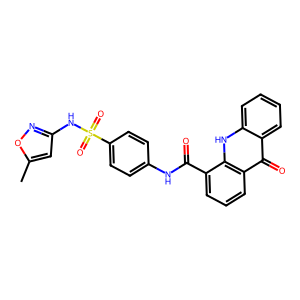
SMILES: Cc1cc(NS(=O)(=O)c2ccc(NC(=O)c3cccc4c(=O)c5ccccc5[nH]c34)cc2)no1
Inhibits HIV replication: No